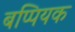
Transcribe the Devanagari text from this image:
बप्पियक